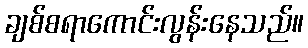
ချစ်စရာကောင်းလွန်းနေသည်။